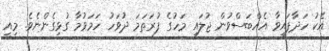
އެކު ހަދާފައިވާ އެއްބަސްވުން ޖުލައި މަހުގެ ފުރަތަމަ ދުވަހު ހަމަވުމާ ގުޅިގެންނެވެ. މިއީ